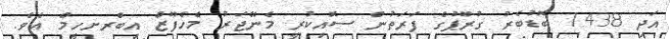
އަދި 1438 ބޮޑުބެރު ގުރޫޕުގެ ފަރަތުން ސޮއިކުރީ މެނޭޖަރު މެހެފޫޒް އިބްރށހީމް އެވެ.